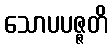
သောပပဇ္ဇတိ